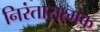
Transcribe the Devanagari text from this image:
निरंतारात्मक